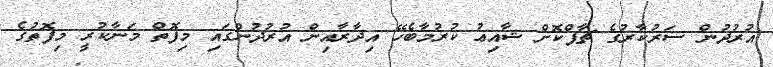
އުރުދުން ސަރުކާރުގެ ޗާޕްކޮށް ޝާއިޢު ކުރުމާބެހޭ އިދާރާއިން އުރުދުންގައި މިފޮތް މަނާކުރީ މިފޮތުގެ